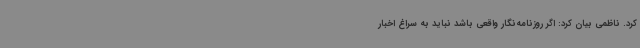
کرد. ناظمی بیان کرد: اگر روزنامه‌نگار واقعی باشد نباید به سراغ اخبار